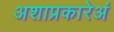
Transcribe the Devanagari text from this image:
अशाप्रकारेअं